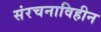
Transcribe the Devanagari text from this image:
संरचनाविहीन